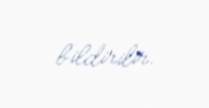
bildirilir.